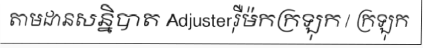
តាមដានសន្និបាត Adjusterរ៉ឺម៉កក្រឡុក / ក្រឡុក